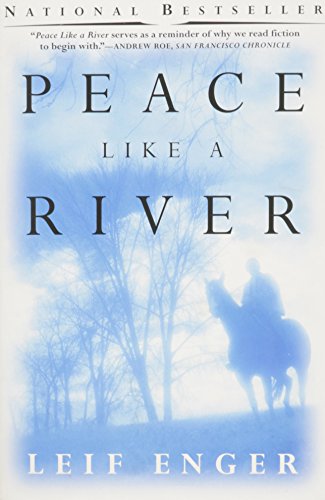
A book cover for Peace Like a River; Leif Enger; Literature & Fiction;